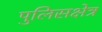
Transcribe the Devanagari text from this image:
पुलिसक्षेत्र